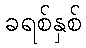
ခရစ်နှစ်